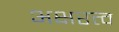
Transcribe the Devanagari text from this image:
अक्षरत्व